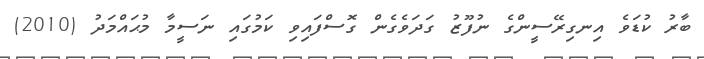
ބާރު ކުޑަވެ އިނގިރޭސީންގެ ނުފޫޒު ގަދަވެގެން ގޮސްފައިވި ކަމުގައި ނަސީމާ މުޙައްމަދު (2010)